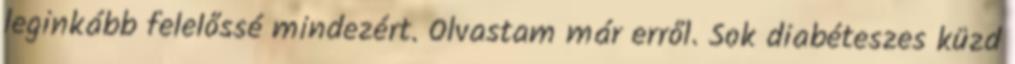
leginkább felelőssé mindezért. Olvastam már erről. Sok diabéteszes küzd